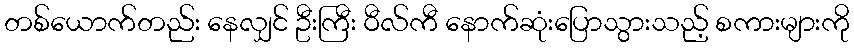
တစ်ယောက်တည်း နေလျှင် ဦးကြီး ဝီလ်ကီ နောက်ဆုံးပြောသွားသည့် စကားများကို